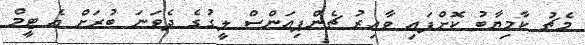
މެޗު ކާމިޔާބު ކޮށްފައި ވާއިރު ޗެންޕިއަންސް ލީގުގެ ދެވަނަ ބުރަށް އެ ޓީމް